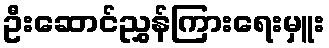
ဦးဆောင်ညွှန်ကြားရေးမှူး